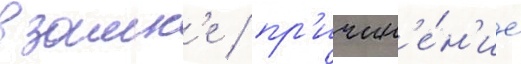
в замк'е / пр'ичин'е́н'ие